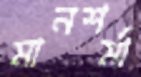
মানশর্মা